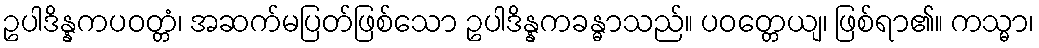
ဥပါဒိန္နကပဝတ္တံ၊ အဆက်မပြတ်ဖြစ်သော ဥပါဒိန္နကခန္ဓာသည်။ ပဝတ္တေယျ၊ ဖြစ်ရာ၏။ ကသ္မာ၊